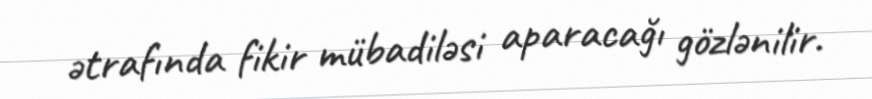
ətrafında fikir mübadiləsi aparacağı gözlənilir.